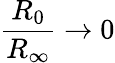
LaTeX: \frac{R_{0}}{R_{\infty}}\rightarrow 0